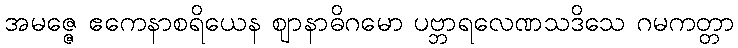
အမဇ္ဇေ ဧကေနာစရိယေန ဈာနာဓိဂမော ပဗ္ဘာရလေဏသဒိသေ ဂမကတ္တာ